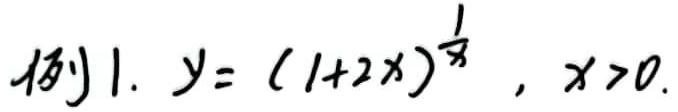
例1. $y=(1 + 2x)^{\frac{1}{x}},x>0$.